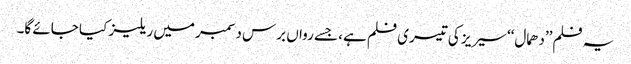
یہ فلم’’دھمال‘‘ سیریز کی تیسری فلم ہے، جسے رواں برس دسمبر میں ریلیز کیا جائے گا۔